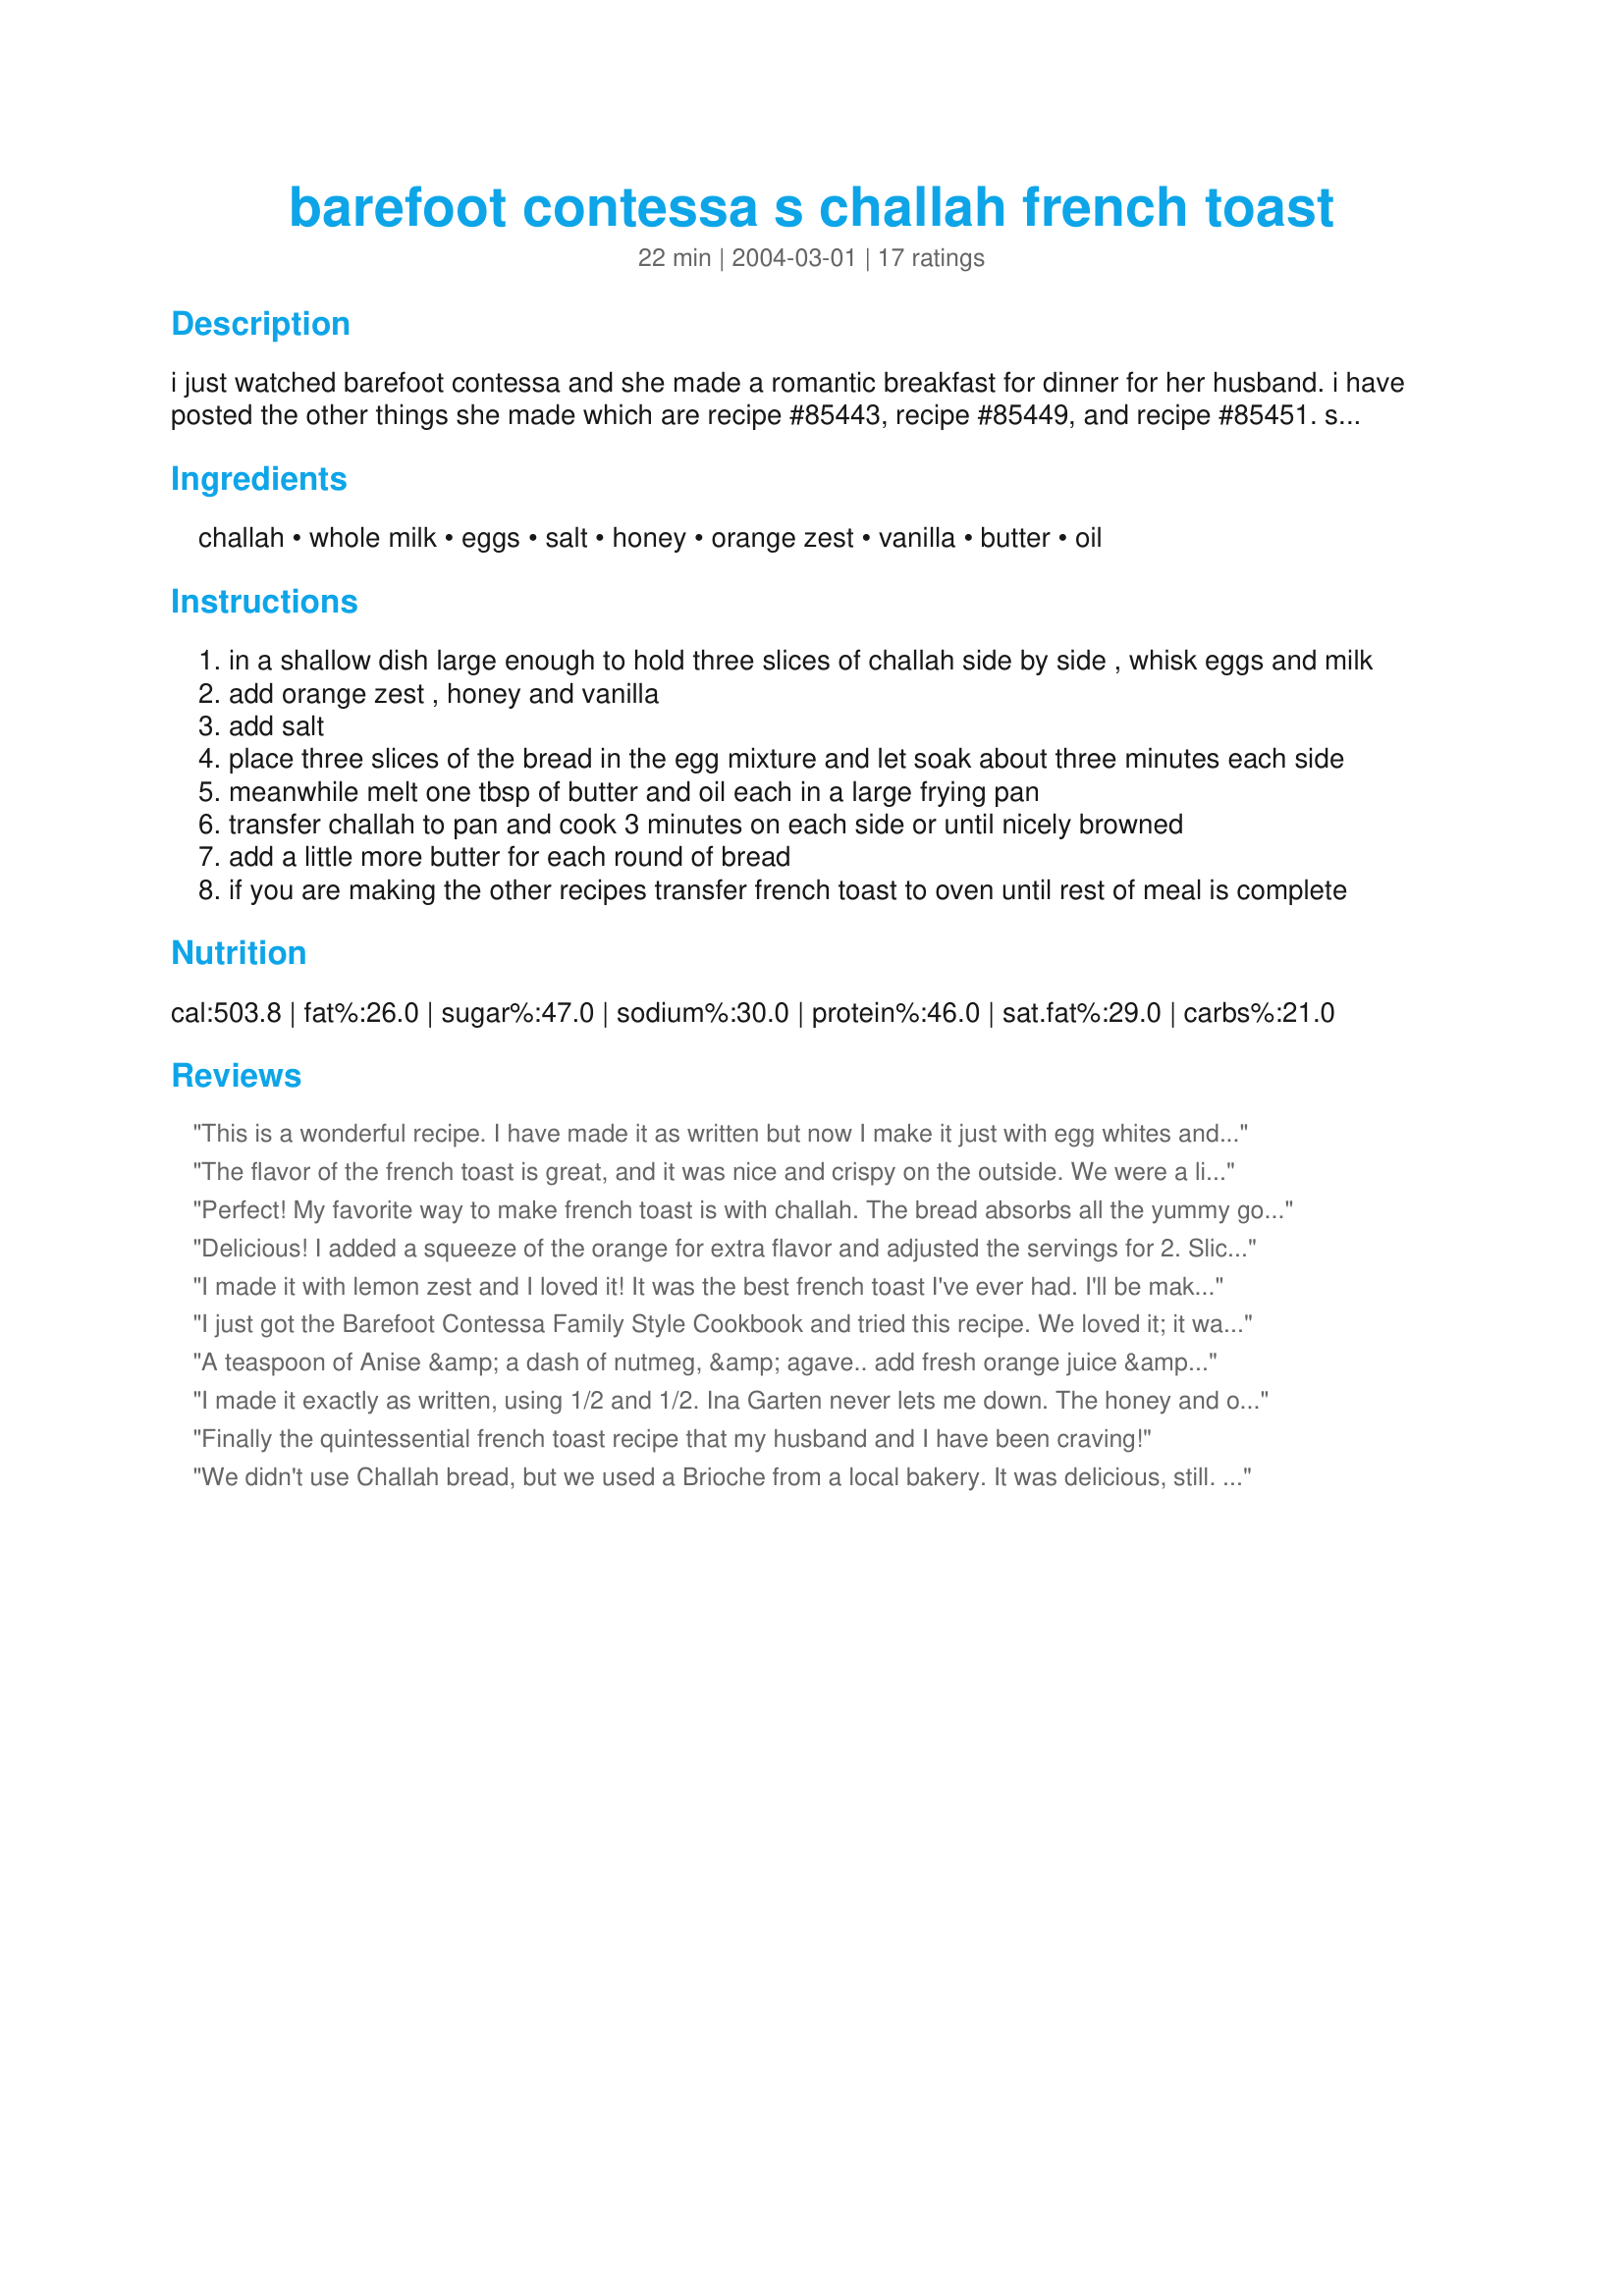
barefoot contessa s challah french toast
Preparation time: 22 minutes

i just watched barefoot contessa and she made a romantic breakfast for dinner for her husband. i have posted the other things she made which are recipe #85443, recipe #85449, and recipe #85451. she also made sausage links which i'm sure everyone knows how to cook in a pan ;>

Ingredients:
challah, whole milk, eggs, salt, honey, orange zest, vanilla, butter, oil

Steps:
in a shallow dish large enough to hold three slices of challah side by side , whisk eggs and milk
add orange zest , honey and vanilla
add salt
place three slices of the bread in the egg mixture and let soak about three minutes each side
meanwhile melt one tbsp of butter and oil each in a large frying pan
transfer challah to pan and cook 3 minutes on each side or until nicely browned
add a little more butter for each round of bread
if you are making the other recipes transfer french toast to oven until rest of meal is complete

Reviews:
This is a wonderful recipe. I have made it as written but now I make it just with egg whites and bake it in the oven for approx. 20 minutes until it is brown on both sides. Either way, we inhale it!
The flavor of the french toast is great, and it was nice and crispy on the outside. We were a little put off by the soft - almost soggy custard-like inside. I added more cooking time on each side, but didn't want it to burn. Perhaps thinner slices, or soaking it for a shorter time would suit our tastes better.
Perfect! My favorite way to make french toast is with challah. The bread absorbs all the yummy goodness and is soft inside and a little crunch on the outside. Made for one, skipped the salt, and orange zest. Thank you for a wonderful breakfast!
Delicious! I added a squeeze of the orange for extra flavor and adjusted the servings for 2. Slicing the challah yourself into nice thick slices is key. I've used pre-sliced thin challah before and it isn't as good as the thick slices.
I made it with lemon zest and I loved it! It was the best french toast I've ever had. I'll be making it again. Thanks for the recipe.
I just got the Barefoot Contessa Family Style Cookbook and tried this recipe. We loved it; it was the best french toast I've ever had. I made the recipe as written, and it turned out fabulous. The outside was a nice golden brown while the inside was creamy and custard-like. If you don't like it that soft on the inside, I would recommend not soaking it for too long as the bread does absorb quite a lot of the egg mixture. I think what makes this recipe special is the challah and the orange zest. Yummy!
A teaspoon of Anise &amp; a dash of nutmeg, &amp; agave.. add fresh orange juice &amp; sliver almonds. When I cater my parties, The Almond French toast with challah is always a hit. I make 2 to 3 different recipes on the French toast style adding liquor. Or a nice chocolate or cherry liquor or Greek yogurt. Explore ur options. You’ll never know what you’ll come up with. This batch I add a little orange blossom water &amp; add the zest, orange juice. My son just land home from California &amp; I thought about having him try this batch . Have fun doing a mix!!
I made it exactly as written, using 1/2 and 1/2. Ina Garten never lets me down. The honey and orange zest gave it a great flavor, but next time I will substitute brown sugar and cinnamon for a more traditional flavor. You cannot go wrong with using challah...WOW!!!
Finally the quintessential french toast recipe that my husband and I have been craving!
We didn't use Challah bread, but we used a Brioche from a local bakery. <b>It was delicious</b>, still. We only got 4 slices of french toast out of it because our bread was thick and really soaked up the batter. We used milk instead of half-and-half and used the bacon fat from bacon we had just cooked on the griddle instead of butter. <i>Mmmm!</i> It was a great way to start a sunny Sunday morning.
My hushand and I loved this. We couldn't find the Challah bread, so we used thick sliced white bread instead. I had never thought of using grated orange zest in french toast - but we both really loved the fresh taste it added.
Exellent french toast! I'd never made it with challah before but I had quite a bit left over. I think I'm spoiled now, it's so much better useing this bread! Used 2% milk and had to use white sugar for the honey because I'm out. Can't wait to try it again useing the honey. I love the orange, it's just a light accent but it makes all the difference. Will make again. Update - bumping this to 5 stars. I froze a bunch of this and broke it out for breakfast. BF never says a word about what I feed him, good or bad. But he actually commented that this turned out really well! AND my finicky difficult Mother also thought it was fantastic, and a nice switch from the usual. Thank you Bri!
This was sooo good. Of course I couldn't find challah bread, so I used Hawaiian bread. It turned out wonderful! Thanks for sharing.
I saw this show and duplicated it. My husband and I really enjoyed the food as well as the setting. Everyone try it.
This recipe is excellent. I skipped the salt, honey and used non-fat milk and it turned out great. I also used a brioche with raisins and cinnamon which made it extra good.
This was excellent. Since there are only two of us, I cut the eggs down to 2 and used only 1 cup of half and half. I only let the bread soak for a few seconds on each side to avoid sogginess. Also, I used sliced sourdough. Wonderful.
Delicious!!! Followed the recipe exactly but made only 2 servings. I wish my bread was dried out one day longer but it was excellent anyway. Will be making again!
